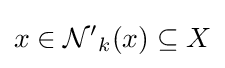
x\in {\mathcal {N'}}_{k}(x)\subseteq X